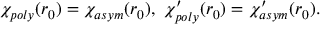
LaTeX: \chi _ { p o l y } ( r _ { 0 } ) = \chi _ { a s y m } ( r _ { 0 } ) , \ \chi _ { p o l y } ^ { \prime } ( r _ { 0 } ) = \chi _ { a s y m } ^ { \prime } ( r _ { 0 } ) .